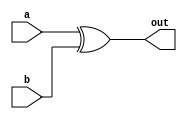
module xor_(out, a, b);

	input a,b;
	output out;

	assign out = a ^ b;
endmodule